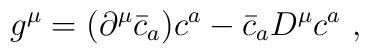
g^{\mu} = (\partial^{\mu} \bar{c}_{a}) c^{a} - \bar{c}_{a} D^{\mu} c^{a}~,